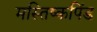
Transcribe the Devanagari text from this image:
मस्तिष्कपिंड